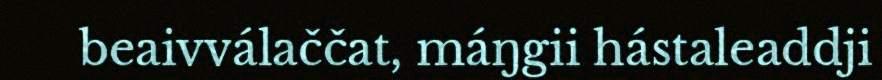
beaivválaččat, máŋgii hástaleaddji